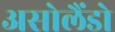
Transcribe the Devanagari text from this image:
असोलैंडो